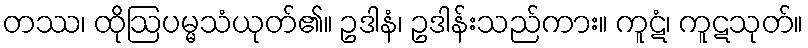
တဿ၊ ထိုဩပမ္မသံယုတ်၏။ ဥဒါနံ၊ ဥဒါန်းသည်ကား။ ကူဋံ၊ ကူဋသုတ်။